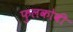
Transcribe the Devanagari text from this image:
फुलकोबी